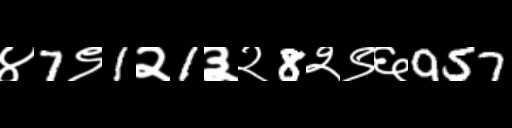
Text: ४7९1२1३२8२९६957